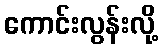
ကောင်းလွန်းလို့